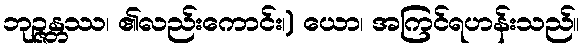
ဘုဉ္ဇန္တဿ၊ ၏လည်းကောင်း၊) ယော၊ အကြင်ရဟန်းသည်။